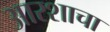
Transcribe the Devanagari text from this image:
आरशाचा